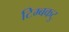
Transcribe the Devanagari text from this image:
टिम्बकटु